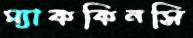
ম্যাককিনসি